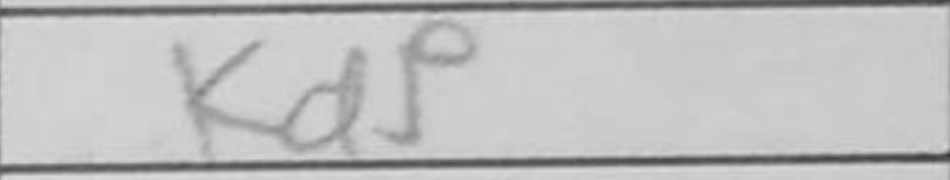
Transcription: Kd5